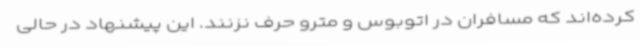
کرده‌اند که مسافران در اتوبوس و مترو حرف نزنند. این پیشنهاد در حالی